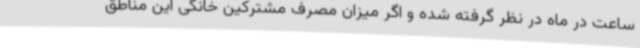
ساعت در ماه در نظر گرفته شده و اگر میزان مصرف مشترکین خانگی این مناطق